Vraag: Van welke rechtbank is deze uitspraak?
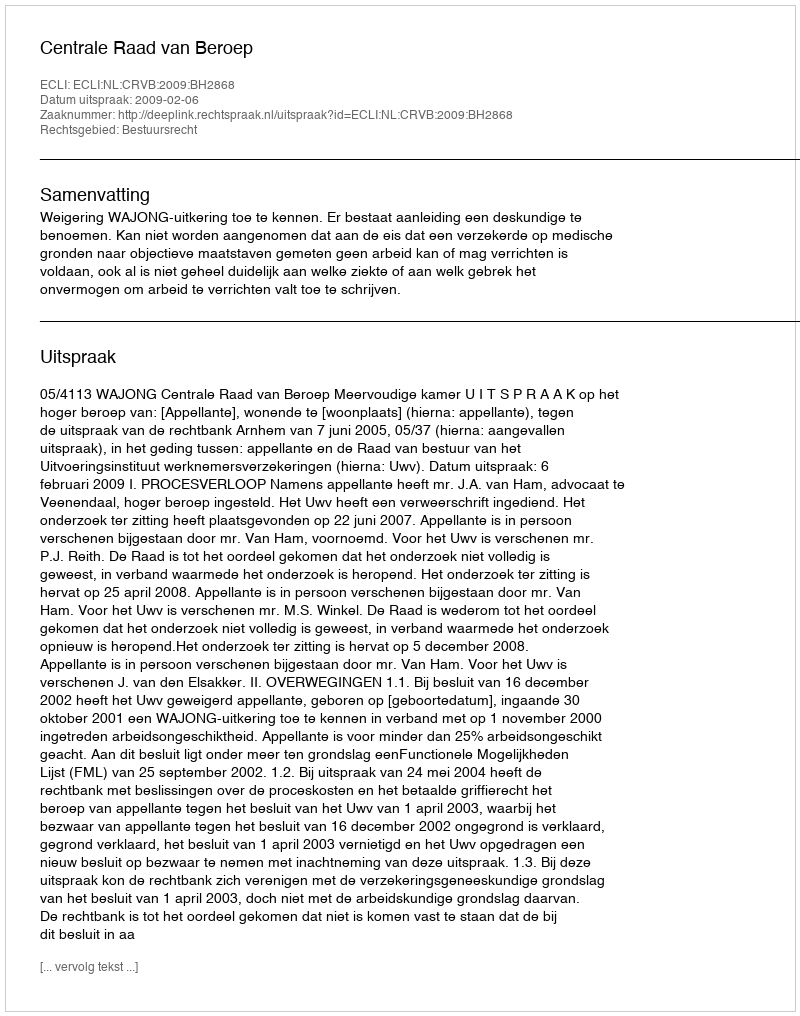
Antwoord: Centrale Raad van Beroep